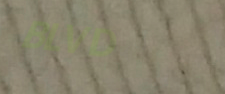
BLVD